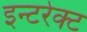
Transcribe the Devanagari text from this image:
इन्टरेक्ट